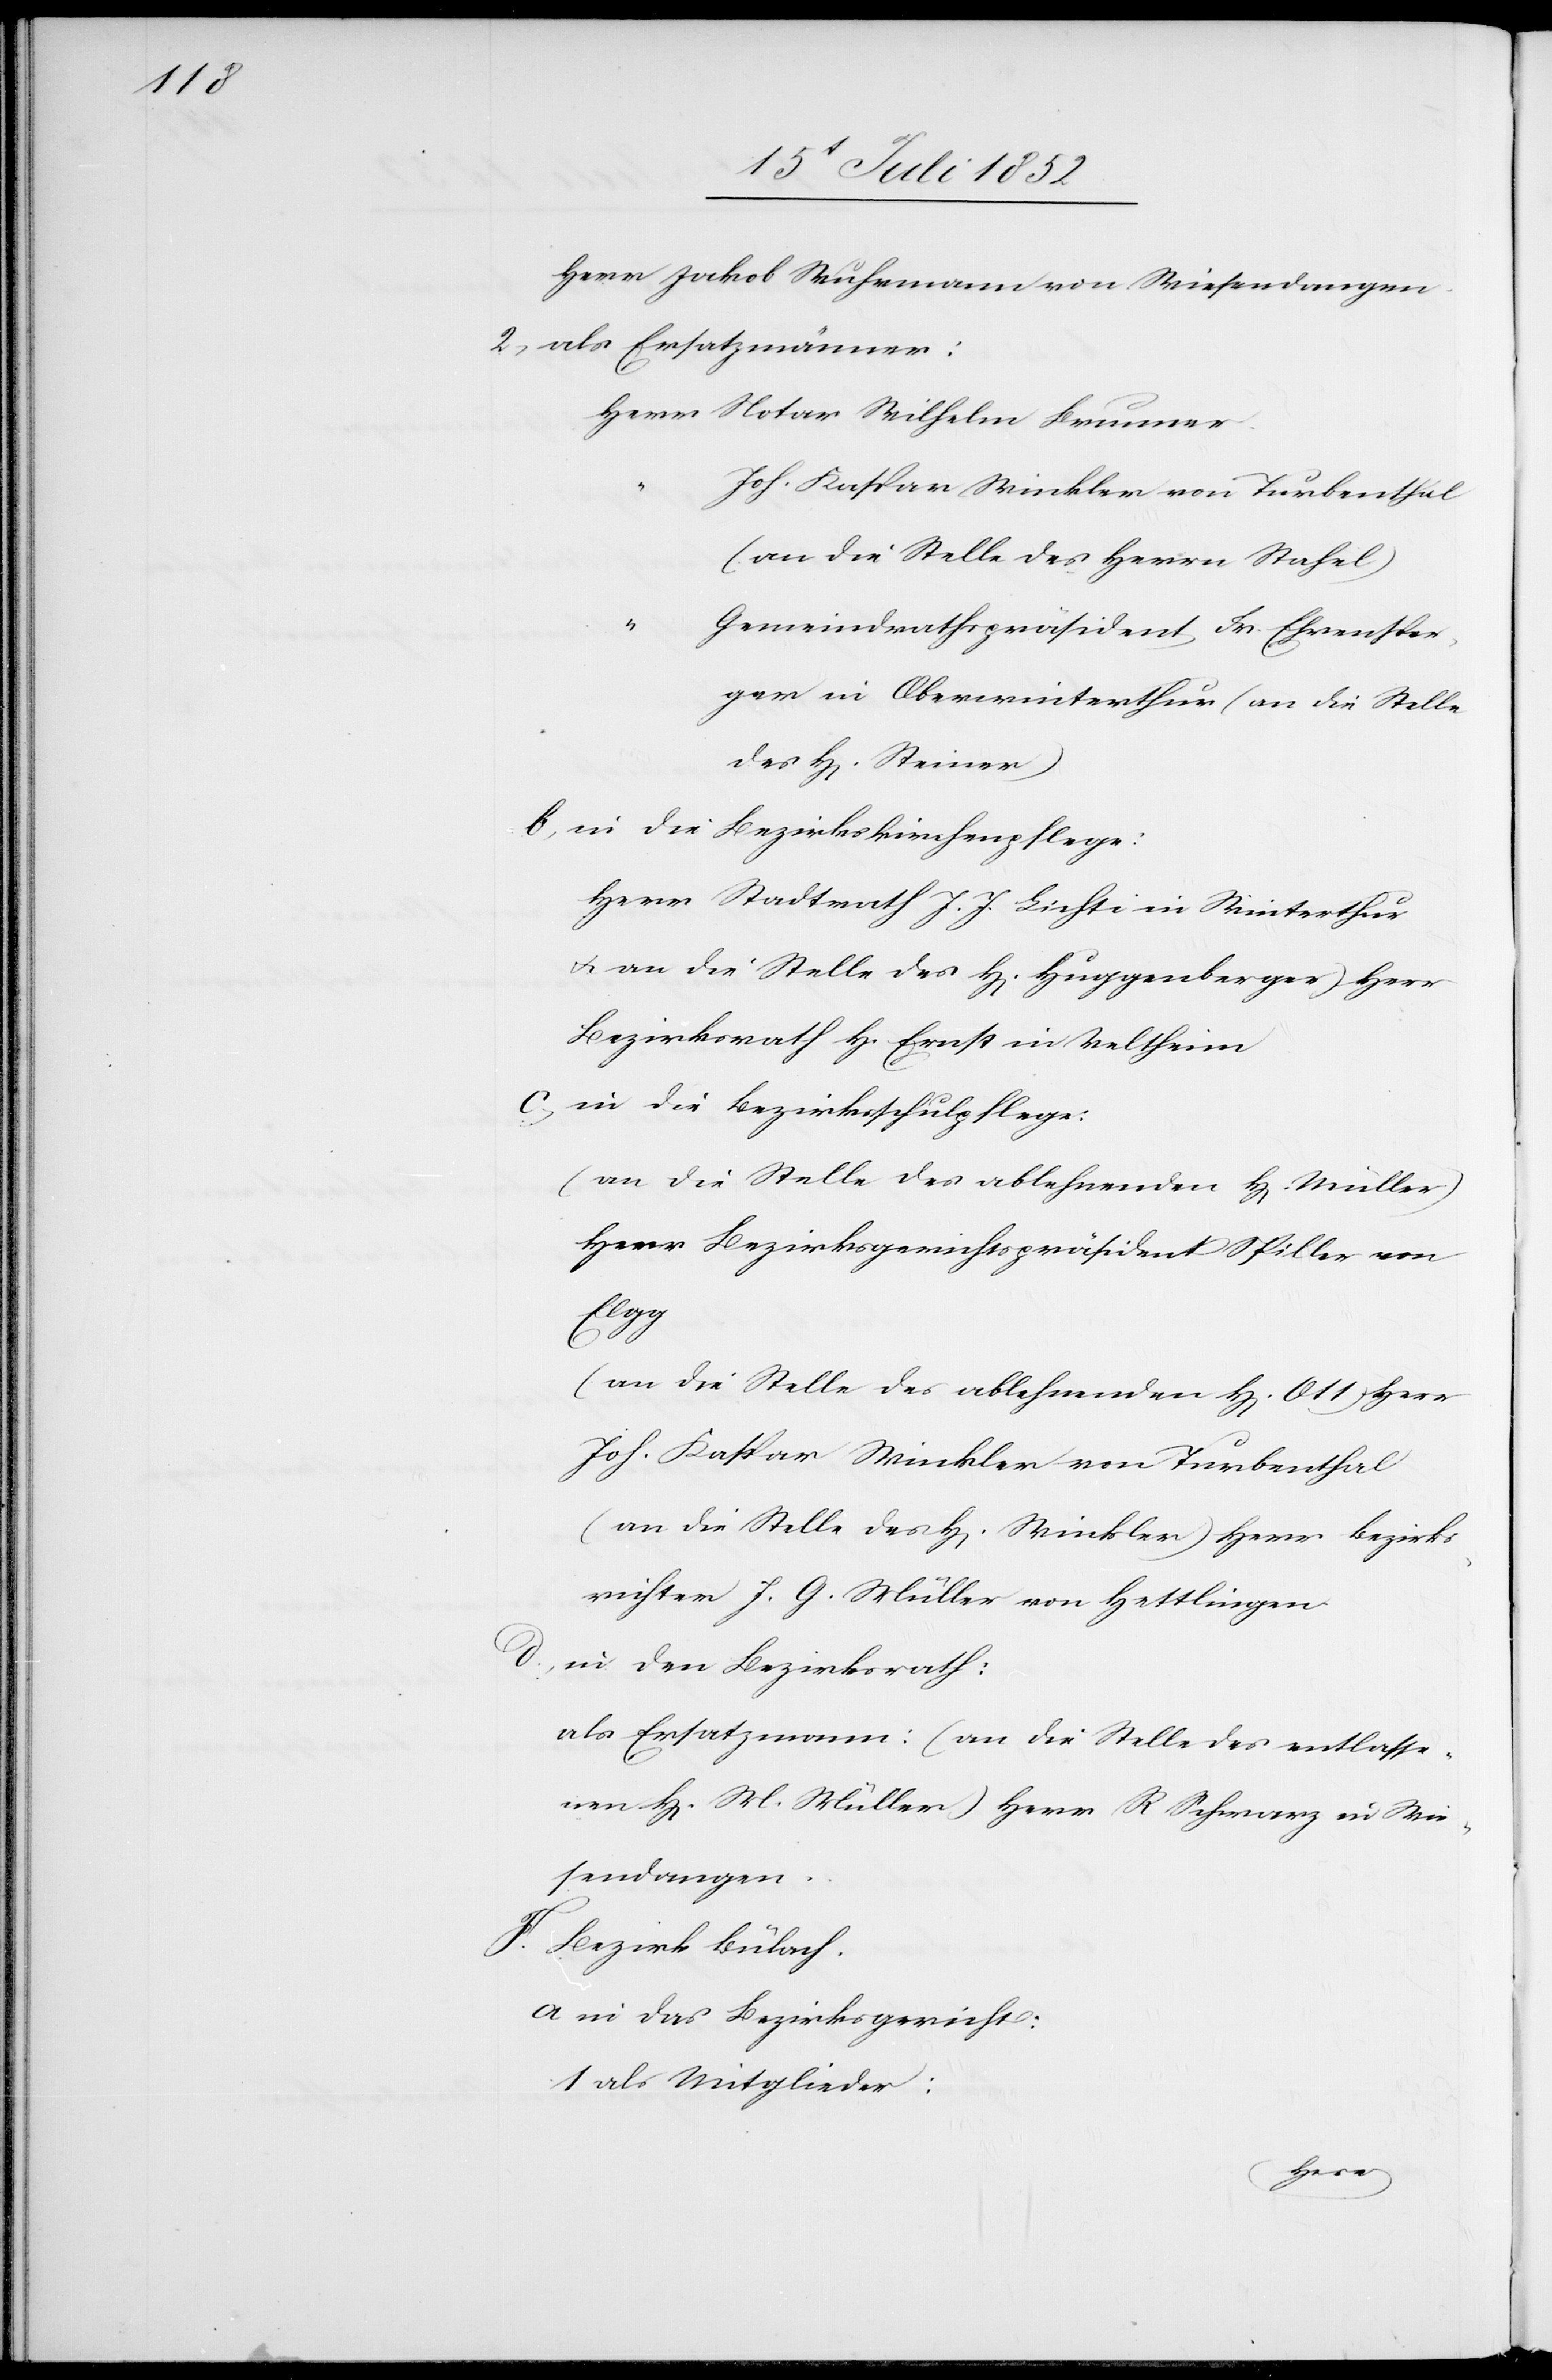
Herr Jakob Wuhrmann von Wiesendangen.
als Ersatzmänner:
Herr Notar Wilhelm Brunner.
“
Joh. Kaspar Winkler von Turbenthal
(an die Stelle des Herrn Stahel)
Gemeindrathspräsident Fr. Ehrensper¬
ger in Oberwinterthur (an die Stelle
in die Bezirkskirchenpflege:
Herr Stadtrath J. J. Lichti in Winterthur
[(]an die Stelle des H[errn] Huggenberger) Herr
Bezirksrath H. Ernst in Veltheim
in die Bezirksschulpflege:
(an die Stelle des ablehnenden H[errn] Müller)
Herr Bezirksgerichtspräsident Spiller von
Elgg
(an die Stelle des ablehnenden H[errn] Ott) Herr
Joh. Kaspar Winkler von Turbenthal
(an die Stelle des H[errn] Winkler) Herr Bezirks¬
richter J. G. Müller von Hettlingen.
in den Bezirksrath:
als Ersatzmann: (an die Stelle des entlasse¬
nen H[errn] M. Müller) Herr R Schwarz in Wie¬
sendangen.
Bezirk Bülach.
in das Bezirksgericht:
als Mitglieder:
Steiner)